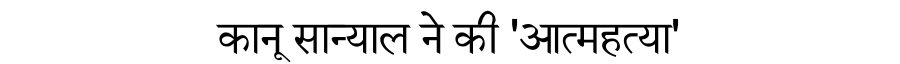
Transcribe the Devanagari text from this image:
कानू सान्याल ने की 'आत्महत्या'